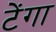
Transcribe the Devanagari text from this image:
टेंगा